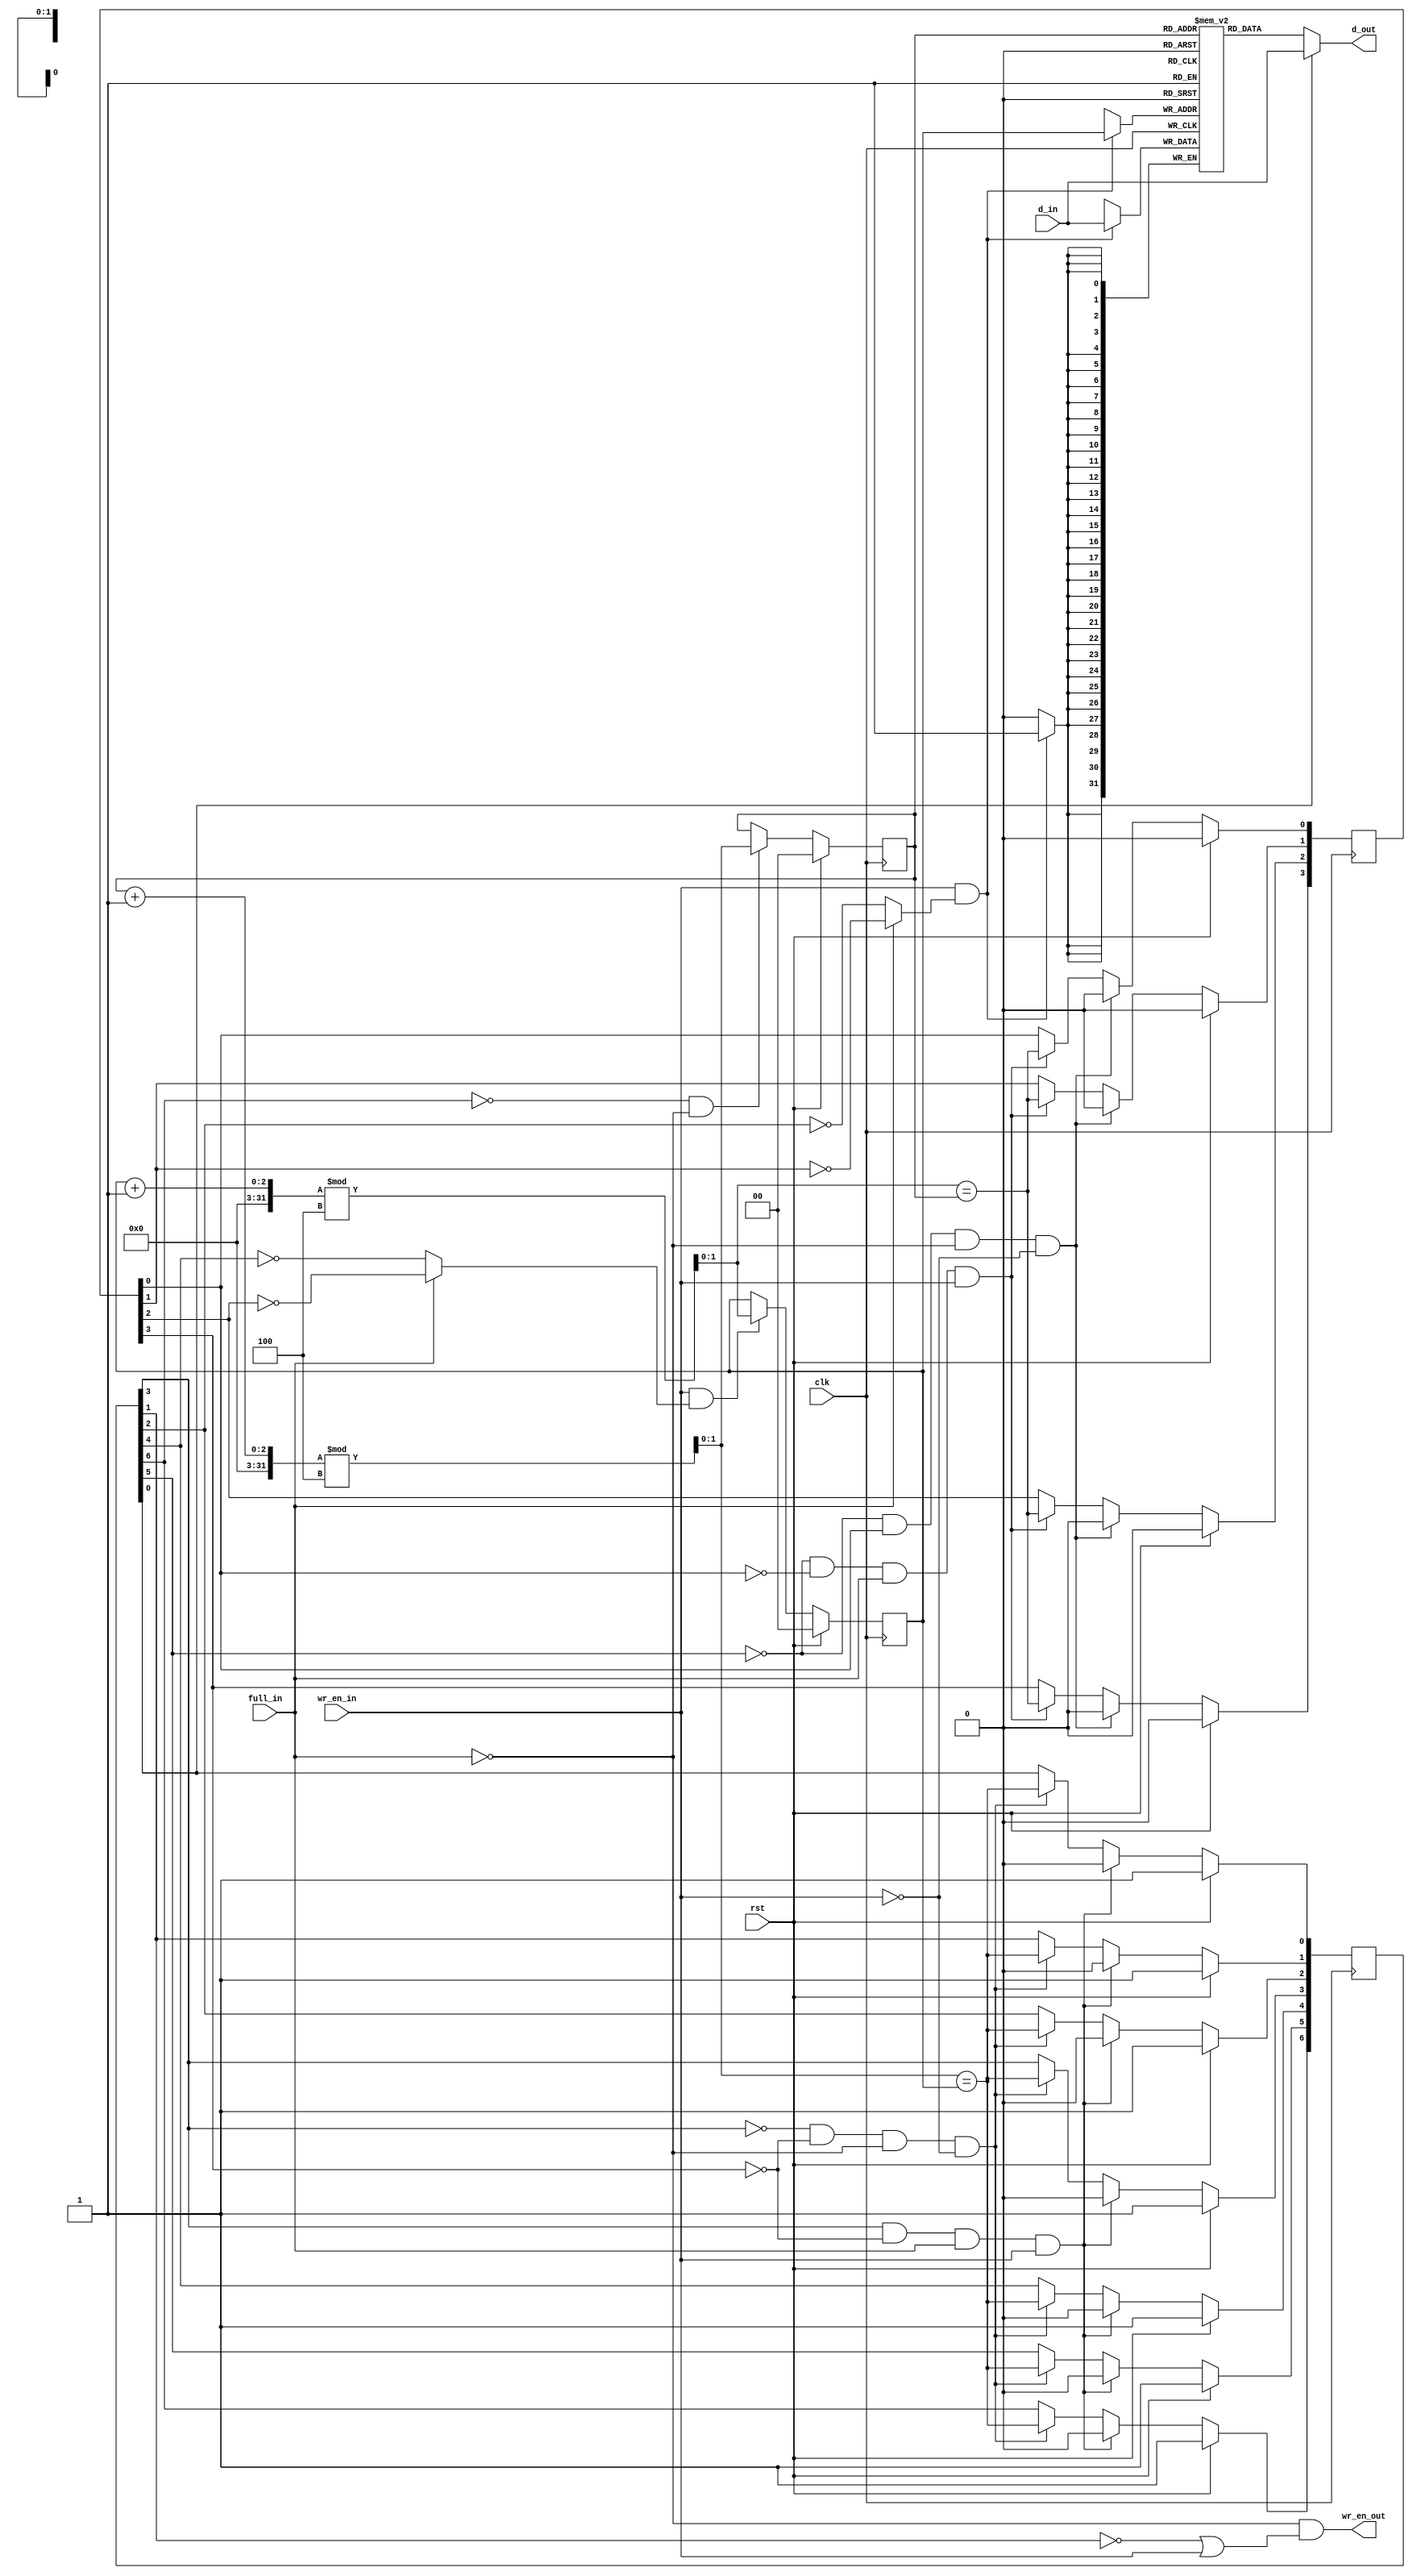
module mig_7series_v2_0_qdr_rld_of_pre_fifo #
  (
   parameter TCQ   = 100,             // clk->out delay (sim only)
   parameter DEPTH = 4,               // # of entries
   parameter WIDTH = 32               // data bus width
   )
  (
   input              clk,            // clock
   input              rst,            // synchronous reset
   input              full_in,        // FULL flag from OUT_FIFO
   input              wr_en_in,       // write enable from controller
   input [WIDTH-1:0]  d_in,           // write data from controller
   output             wr_en_out,      // write enable to OUT_FIFO
   output [WIDTH-1:0] d_out           // write data to OUT_FIFO
   );
  
  // # of bits used to represent read/write pointers
  localparam PTR_BITS 
             = (DEPTH == 2) ? 1 : 
               ((DEPTH == 3) || (DEPTH == 4)) ? 2 : 
               (((DEPTH == 5) || (DEPTH == 6) || 
                 (DEPTH == 7) || (DEPTH == 8)) ? 3 : 'bx);

  integer i;
  
  reg [WIDTH-1:0]     mem[0:DEPTH-1];
  reg [6:0]          my_empty /* synthesis syn_maxfan = 3  syn_keep=1 */;
  reg [3:0]          my_full  /* synthesis syn_maxfan = 3  syn_keep=1 */;
  reg [PTR_BITS-1:0] rd_ptr   /* synthesis syn_maxfan = 10 syn_keep=1 */;
  reg [PTR_BITS-1:0] wr_ptr   /* synthesis syn_maxfan = 10 syn_keep=1 */;
  wire [PTR_BITS-1:0] nxt_rd_ptr;
  wire [PTR_BITS-1:0] nxt_wr_ptr;
  wire [WIDTH-1:0]    mem_out;
  wire                wr_en;
  wire                wr_en_1;

  assign d_out = my_empty[0] ? d_in : mem_out;
  assign wr_en_out = !full_in && (!my_empty[1] || wr_en_in);
  assign wr_en = wr_en_in & (full_in ? !my_full[1] : !my_empty[2]);
  assign wr_en_1 = wr_en_in & (full_in ? !my_full[2] : !my_empty[4]);

  always @ (posedge clk)
    if (wr_en)
      mem[wr_ptr] <= #TCQ d_in;

  assign mem_out = mem[rd_ptr];

  assign nxt_rd_ptr = (rd_ptr + 1'b1)%DEPTH;

  always @ (posedge clk)
  begin
    if (rst)
      rd_ptr <= 'b0;
    else if ((!my_empty[6]) & (!full_in))
      rd_ptr <= nxt_rd_ptr;
  end

  always @ (posedge clk)
  begin
    if (rst)
      my_empty <= 7'b1111111;
    else if (my_empty[3] & !my_full[3] & full_in & wr_en_in)
      my_empty <= 7'b0000000;
    else if (!my_empty[3] & !my_full[3] & !full_in & !wr_en_in) begin
      my_empty[0] <= (nxt_rd_ptr == wr_ptr);
      my_empty[1] <= (nxt_rd_ptr == wr_ptr);
      my_empty[2] <= (nxt_rd_ptr == wr_ptr);
      my_empty[3] <= (nxt_rd_ptr == wr_ptr);
      my_empty[4] <= (nxt_rd_ptr == wr_ptr);
      my_empty[5] <= (nxt_rd_ptr == wr_ptr);
      my_empty[6] <= (nxt_rd_ptr == wr_ptr);
    end
  end

  assign nxt_wr_ptr = (wr_ptr + 1'b1)%DEPTH;

  always @ (posedge clk)
  begin
    if (rst)
      wr_ptr <= 'b0;
    else if (wr_en_1)
      wr_ptr <= nxt_wr_ptr;
  end

  always @ (posedge clk)
  begin
    if (rst)
      my_full <= 4'b0000;
    else if (!my_empty[5] & my_full[0] & !full_in & !wr_en_in)
      my_full <= 4'b0000;
    else if (!my_empty[5] & !my_full[0] & full_in & wr_en_in) begin
      my_full[0] <= (nxt_wr_ptr == rd_ptr);
      my_full[1] <= (nxt_wr_ptr == rd_ptr);
      my_full[2] <= (nxt_wr_ptr == rd_ptr);
      my_full[3] <= (nxt_wr_ptr == rd_ptr);
    end
  end

endmodule